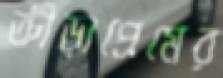
ক্রীড়াপ্রেমের